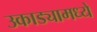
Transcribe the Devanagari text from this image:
उकाड्यामध्ये